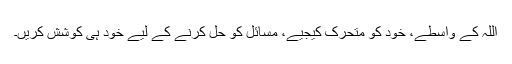
اللہ کے واسطے، خود کو متحرک کیجیے، مسائل کو حل کرنے کے لیے خود ہی کوشش کریں۔